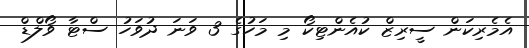
އެމެރިކަން ސީރިޒް ކުއެންޓިކޯ މި މަހުގެ 3 ވަނަ ދުވަހު ސްޓާ ވޯލްޑް